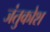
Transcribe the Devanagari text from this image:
जंतुकोश